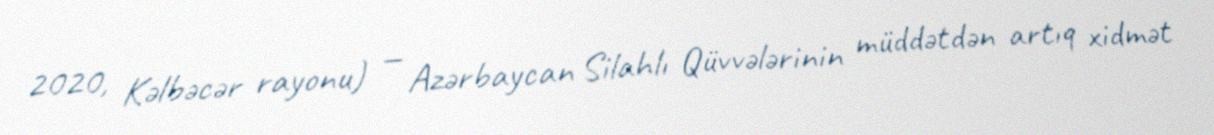
2020, Kəlbəcər rayonu) — Azərbaycan Silahlı Qüvvələrinin müddətdən artıq xidmət